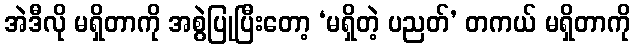
အဲဒီလို မရှိတာကို အစွဲပြုပြီးတော့ ‘မရှိတဲ့ ပညတ်’ တကယ် မရှိတာကို